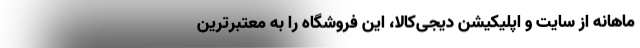
ماهانه از سایت و اپلیکیشن دیجی‌کالا،‌ این فروشگاه را به معتبرترین